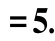
$= 5.$